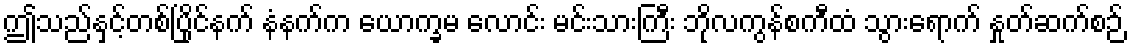
ဤသည်နှင့်တစ်ပြိုင်နက် နံနက်က ယောက္ခမ လောင်း မင်းသားကြီး ဘိုလကွန်စကီထံ သွားရောက် နှုတ်ဆက်စဉ်